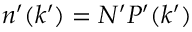
n ^ { \prime } ( k ^ { \prime } ) = N ^ { \prime } P ^ { \prime } ( k ^ { \prime } )